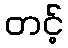
တင့်